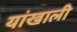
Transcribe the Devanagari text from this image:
यांखाली